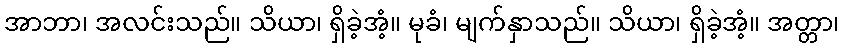
အာဘာ၊ အလင်းသည်။ သိယာ၊ ရှိခဲ့အံ့။ မုခံ၊ မျက်နှာသည်။ သိယာ၊ ရှိခဲ့အံ့။ အတ္တာ၊